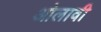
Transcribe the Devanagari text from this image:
ओलावी